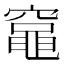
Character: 𫁘